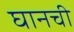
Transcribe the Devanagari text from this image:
घानची